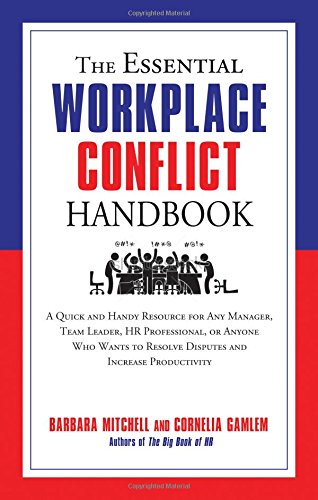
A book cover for The Essential Workplace Conflict Handbook: A Quick and Handy Resource for Any Manager, Team Leader, HR Professional, Or Anyone Who Wants to Resolve Disputes and Increase Productivity; Barbara Mitchell; Business & Money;